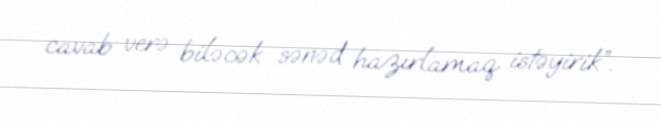
cavab verə biləcək sənəd hazırlamaq istəyirik”.